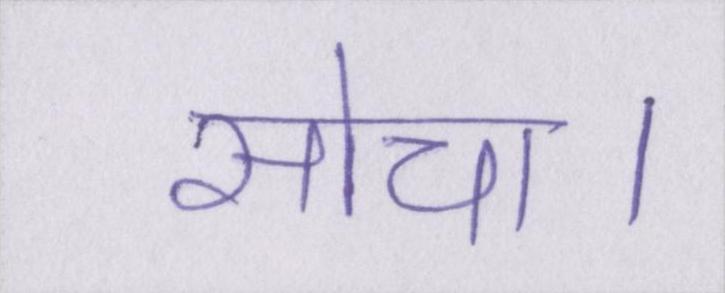
सोचा।